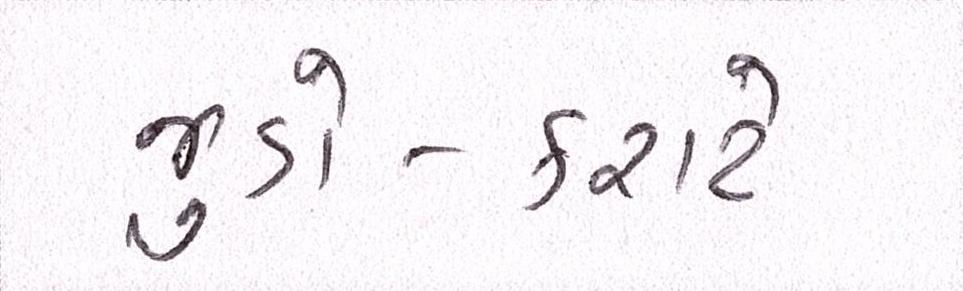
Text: જુડો-કરાટે